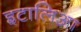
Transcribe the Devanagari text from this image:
इटालिआ